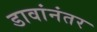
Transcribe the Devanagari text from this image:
डावांनंतर